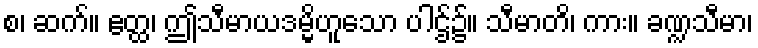
စ၊ ဆက်။ ဧတ္ထ၊ ဤသီမာယဒမ္မိဟူသော ပါဌ်၌။ သီမာတိ၊ ကား။ ခဏ္ဍသီမာ၊